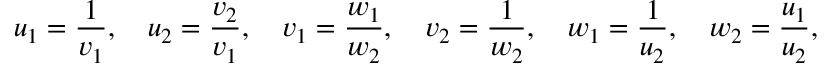
u _ { 1 } = { \frac { 1 } { v _ { 1 } } } , \quad u _ { 2 } = { \frac { v _ { 2 } } { v _ { 1 } } } , \quad v _ { 1 } = { \frac { w _ { 1 } } { w _ { 2 } } } , \quad v _ { 2 } = { \frac { 1 } { w _ { 2 } } } , \quad w _ { 1 } = { \frac { 1 } { u _ { 2 } } } , \quad w _ { 2 } = { \frac { u _ { 1 } } { u _ { 2 } } } ,